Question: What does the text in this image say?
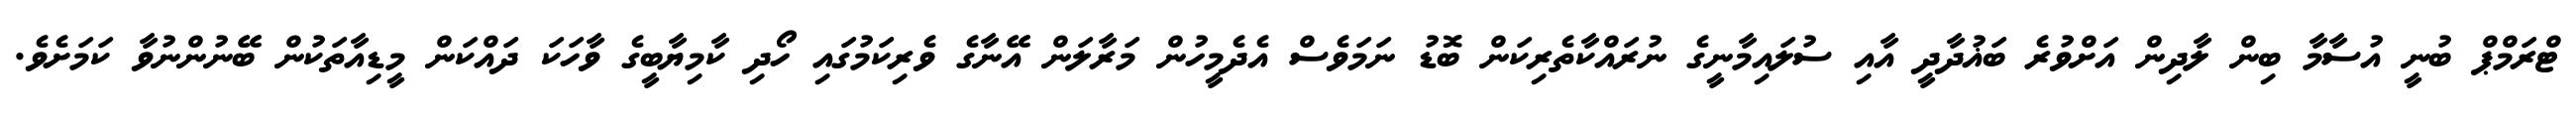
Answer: ޓްރަމްޕް ބުނީ އުސާމާ ބިން ލާދިން އަށްވުރެ ބަޣުދާދީ އާއި ސުލައިމާނީގެ ނުރައްކާތެރިކަން ބޮޑު ނަމަވެސް އެދެމީހުން މަރާލަން އޭނާގެ ވެރިކަމުގައި ހޯދި ކާމިޔާބީގެ ވާހަކަ ދައްކަން މީޑިއާތަކުން ބޭނުންނުވާ ކަމަށެވެ.